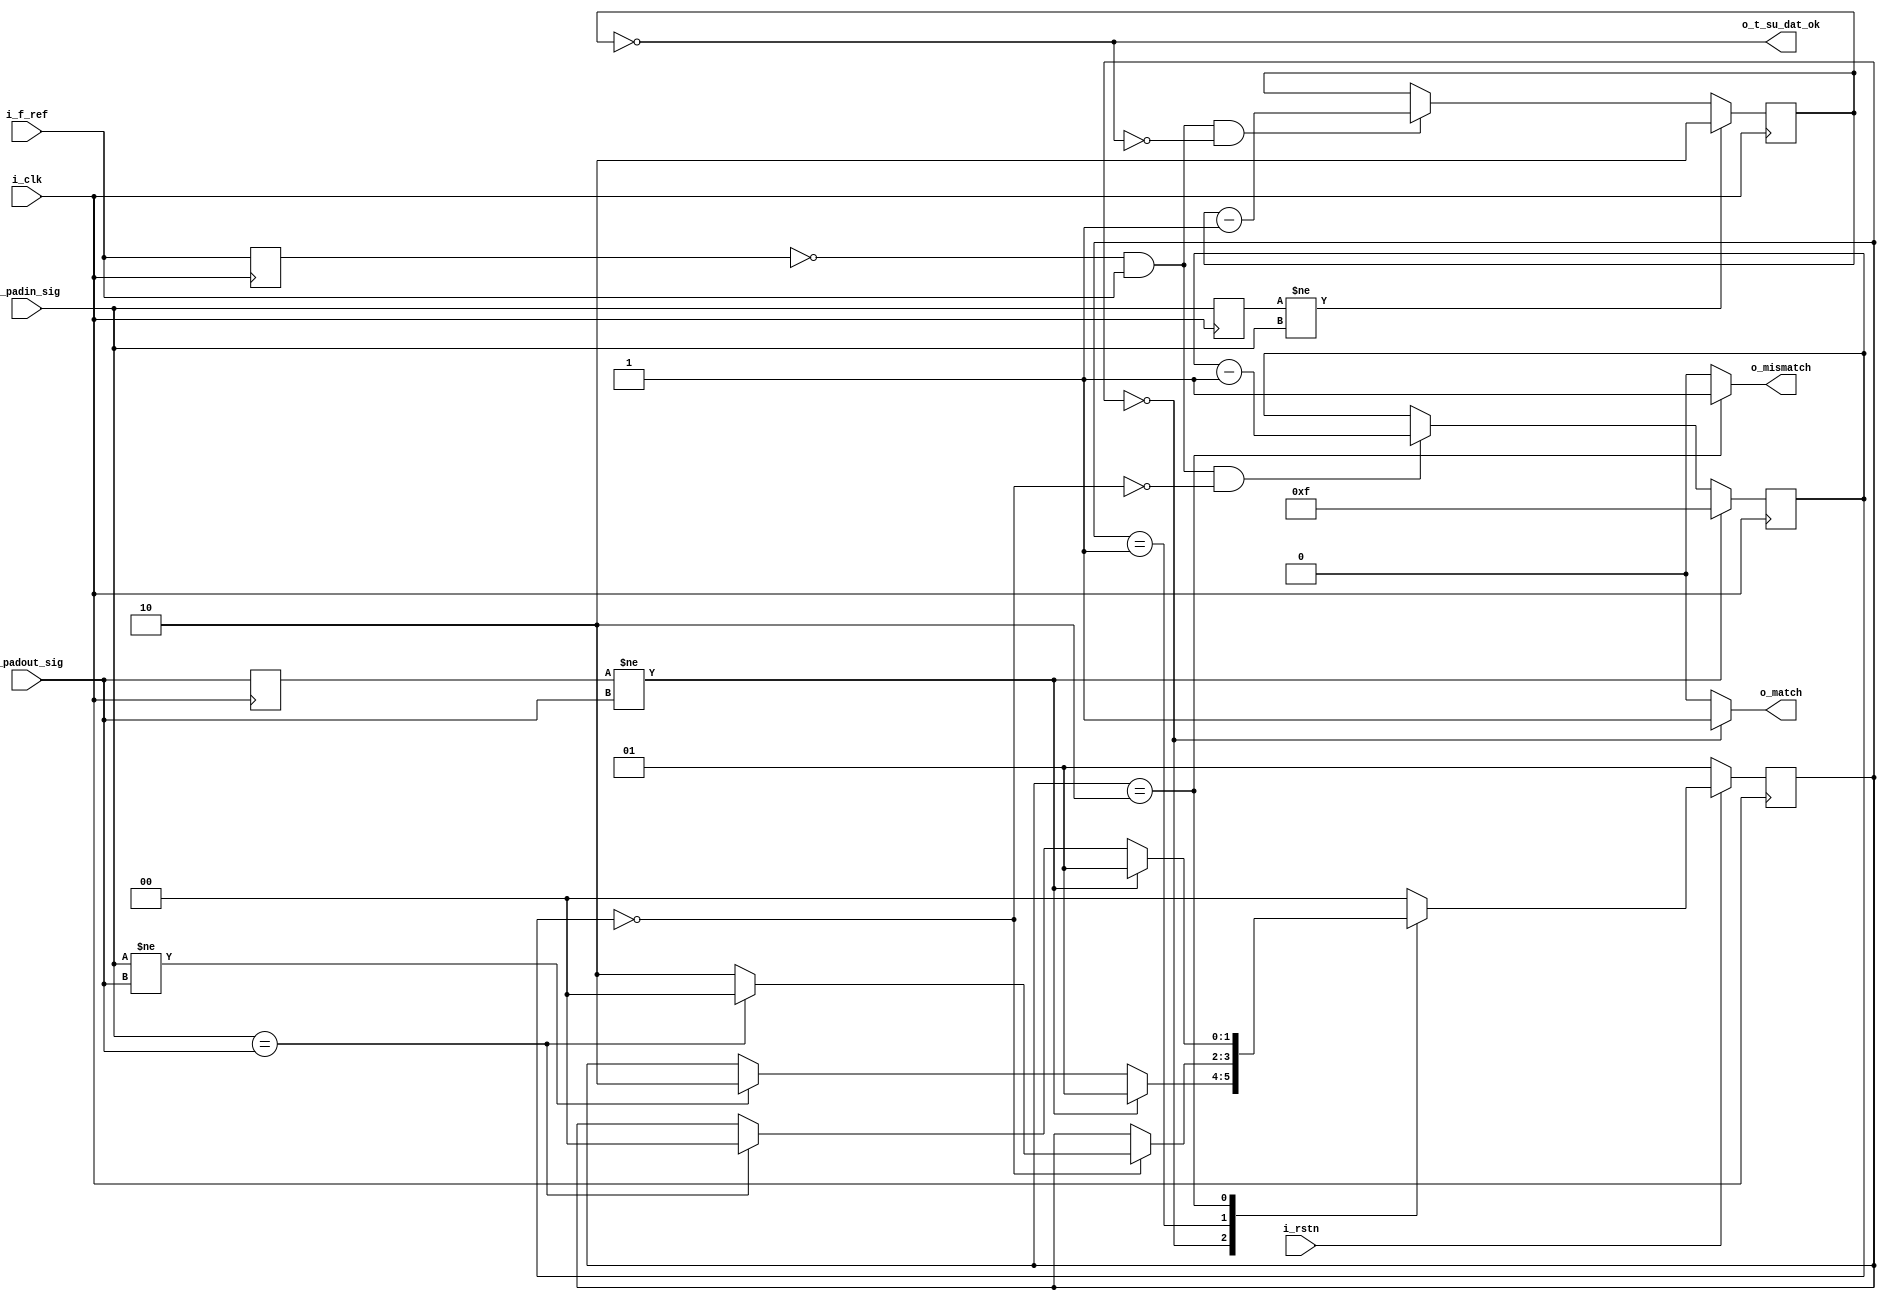
//////////////////////////////////////////////////////////////////////////////
//Copyright 2021 Sergy Pretetsky
//
//Permission is hereby granted, free of charge, to any person obtaining a 
//copy of this software and associated documentation files (the "Software"),
//to deal in the Software without restriction, including without 
//limitation the rights to use, copy, modify, merge, publish, distribute,
//sublicense, and/or sell copies of the Software, and to permit persons to
//whom the Software is furnished to do so, subject to the following 
//conditions:
//
//The above copyright notice and this permission notice shall be included 
//in all copies or substantial portions of the Software.
//
//THE SOFTWARE IS PROVIDED "AS IS", WITHOUT WARRANTY OF ANY KIND, 
//EXPRESS OR IMPLIED, INCLUDING BUT NOT LIMITED TO THE WARRANTIES OF 
//MERCHANTABILITY, FITNESS FOR A PARTICULAR PURPOSE AND NONINFRINGEMENT. 
//IN NO EVENT SHALL THE AUTHORS OR COPYRIGHT HOLDERS BE LIABLE FOR ANY CLAIM,
//DAMAGES OR OTHER LIABILITY, WHETHER IN AN ACTION OF CONTRACT, TORT OR 
//OTHERWISE, ARISING FROM, OUT OF OR IN CONNECTION WITH THE SOFTWARE OR THE 
//USE OR OTHER DEALINGS IN THE SOFTWARE.
//////////////////////////////////////////////////////////////////////////////


//detect if signal i_padin_sig and i_padout_sig mismatch 
//(usefull for checking slow changing
//signals like opendrain to see if some other "master" is holding the bus).
//Uses timeout after pad output change to determine if there is mismatch.
//
//Also output output o_t_su_dat_ok if i_padin_sig has not changed
//for t_su timing (see F_REF_T_SU_DAT and i_f_ref)
module i2c_passthru_sda_mismatch #(

	//F_REF values should always be at least 2.
	
	//number of periods of i_f_ref required for smbus timing
	//example: for t_r=1us ( rise time) and i_f_ref is 8mhz
	// 8mhz * 1us = 8
	// set to greater than 8
	parameter F_REF_T_R =15,        // t_r rise time
	parameter F_REF_T_SU_DAT  =  2, // t_su:dat dat setup time minimum

	
	//WIDTH required to binary count largest F_REF value above.
	// calculation: CEILING ( LOG2 ( F_REF+1) )
	parameter WIDTH_F_REF_T_R      = 4,
	parameter WIDTH_F_REF_T_SU_DAT = 2
	
	
) (
	input i_clk,
	input i_rstn,
	input i_f_ref,
	
	input i_padin_sig , //signal coming into FPGA
	input i_padout_sig, //signal leaving FPGA
	
	output     o_t_su_dat_ok,
	output reg o_mismatch,
	output reg o_match

);
	// reg and wire declarations
	reg [1:0] state, nxt_state;
	
	reg  prev_f_ref;
	wire pulse_ref;
	
	reg prev_padout_sig;
	reg prev_padin_sig;
	wire change_padout_sig;
	wire change_padin_sig;
	
	reg [WIDTH_F_REF_T_SU_DAT-1:0]  timer_t_su , nxt_timer_t_su ; //timers
	reg [WIDTH_F_REF_T_R     -1:0]  timer_t_r,   nxt_timer_t_r  ;
		
	wire timer_t_r_tc;       //terminal counts for timers
	wire timer_t_su_tc;      //terminal counts for timers

	//reg  timer_t_su_rst ; // resets for timers

	// assignments
	
	assign pulse_ref         = (~prev_f_ref      &  i_f_ref     );
	assign change_padout_sig = ( prev_padout_sig != i_padout_sig);
	assign change_padin_sig  = ( prev_padin_sig  != i_padin_sig );
	assign timer_t_r_tc      = ( timer_t_r       == 0           );     
	assign timer_t_su_tc     = ( timer_t_su      == 0           );     
	assign o_t_su_dat_ok       =  timer_t_su_tc;
	
	
	localparam ST_MATCH           = 0;
	localparam ST_WAIT            = 1;
	localparam ST_MISMATCH        = 2;
	//localparam ST_MATCH_WAIT_T_SU = 3;
	
	//FSM next state and output logic
	always @(*) begin
		//default else case
		nxt_state = state;
		o_mismatch= 1'b0;
		//timer_t_su_rst = 1'b0; 
		o_match = 1'b0;
		
		case( state) 
			ST_MATCH    :
			begin
				o_match     = 1'b1;
				//timer_t_su_rst = 1'b1;
				
				if(                 change_padout_sig )   nxt_state = ST_WAIT;
				else if ( i_padin_sig != i_padout_sig )   nxt_state = ST_MISMATCH;
			end
			
			ST_WAIT     :
			begin
				//timer_t_su_rst = 1'b1;
				if(       timer_t_r_tc               ) begin
					if ( i_padin_sig == i_padout_sig) nxt_state = ST_MATCH;
					else                              nxt_state = ST_MISMATCH;
				end
				//else if ( i_padin_sig == i_padout_sig) nxt_state = ST_MATCH_WAIT_T_SU;
				//else if ( i_padin_sig == i_padout_sig) nxt_state = ST_MATCH;

			end
			
			ST_MISMATCH :
			begin
				o_mismatch     = 1'b1;
				//timer_t_su_rst = 1'b1;
				
				if(                 change_padout_sig)   nxt_state = ST_WAIT;
				else if ( i_padin_sig == i_padout_sig)   nxt_state = ST_MATCH;

			end
			
			//ST_MATCH_WAIT_T_SU:
			//begin
			//	timer_t_su_rst = 1'b0;
			//	
			//	if(       timer_t_su_tc    )           nxt_state = ST_MATCH;
			//	else if ( change_padout_sig)           nxt_state = ST_WAIT;
			//	else if ( change_padin_sig )           nxt_state = ST_MISMATCH;
			//
			//end
			
			default: 
			begin

				nxt_state = ST_MATCH;
			end

		endcase
	end
	
	//timer logic
	always @(*) begin
		if(  change_padout_sig)     nxt_timer_t_r = F_REF_T_R;
		else if( pulse_ref && ~timer_t_r_tc) nxt_timer_t_r = timer_t_r - 1'b1;
		else                                 nxt_timer_t_r = timer_t_r;
	end
	
	always @(*) begin
		if( change_padin_sig )                nxt_timer_t_su = F_REF_T_SU_DAT;
		else if( pulse_ref && ~timer_t_su_tc) nxt_timer_t_su = timer_t_su - 1'b1;
		else                                  nxt_timer_t_su = timer_t_su;
	end
	
	
	always @(posedge i_clk) begin
		if(i_rstn) begin
			state <= nxt_state;
		end
		else begin
			//state <= ST_MATCH;
			state <= ST_WAIT;
		end
	end
	
	
	always @(posedge i_clk) begin
		prev_f_ref      <= i_f_ref         ;
		prev_padout_sig <= i_padout_sig    ;
		prev_padin_sig  <= i_padin_sig     ;
		timer_t_r       <= nxt_timer_t_r   ;
		timer_t_su      <= nxt_timer_t_su  ;
	end
	
	



endmodule